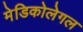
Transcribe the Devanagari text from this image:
मेडिकोलेगल